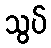
သွပ်